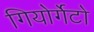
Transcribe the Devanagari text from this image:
गियोर्गेटो